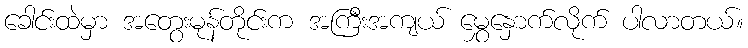
ခေါင်းထဲမှာ အတွေးမုန်တိုင်းက အကြီးအကျယ် မွှေနှောက်လိုက် ပါလာတယ်။